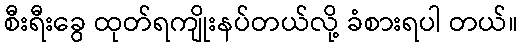
စီးရီးခွေ ထုတ်ရကျိုးနပ်တယ်လို့ ခံစားရပါ တယ်။